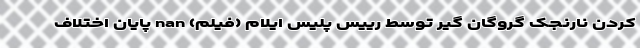
کردن نارنجک گروگان گیر توسط رییس پلیس ایلام (فیلم) nan پایان اختلاف